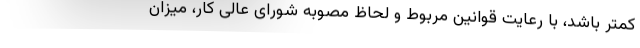
کمتر باشد، با رعایت قوانین مربوط و لحاظ مصوبه شورای عالی کار، میزان